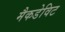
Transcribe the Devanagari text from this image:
मैकडेविट